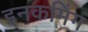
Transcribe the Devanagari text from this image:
इनकमिंग